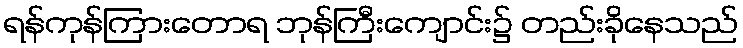
ရန်ကုန်ကြားတောရ ဘုန်ကြီးကျောင်း၌ တည်းခိုနေသည်